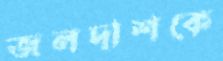
জলদাশকে